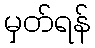
မှတ်ရန်